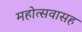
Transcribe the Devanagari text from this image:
महोत्सवासह